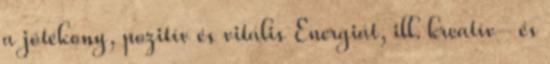
a jótékony, pozitív és vitális Energiát, ill. kreatív- és